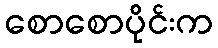
စောစောပိုင်းက